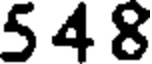
5 4 8